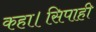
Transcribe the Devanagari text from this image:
कहा।सिपाही